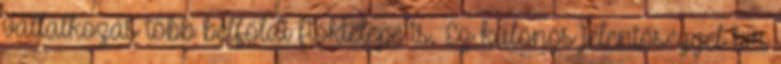
vállalkozás több belföldi fióktelepe is. Ez különös jelentőséggel bír